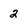
Character: 2